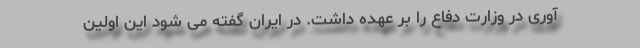
آوری در وزارت دفاع را بر عهده داشت. در ایران گفته می شود این اولین